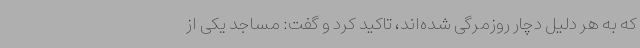
که به هر دلیل دچار روزمرگی شده‌اند، تاکید کرد و گفت: مساجد یکی از